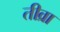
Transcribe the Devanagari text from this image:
तीव्रा